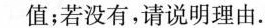
值；若没有，请说明理由